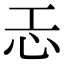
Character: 𢖶